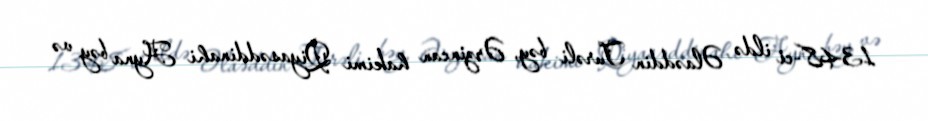
1348-ci ildə Əlaəddin Turəli bəy, Ərzincan hakimi Qiyasəddinahi Ayna bəy və